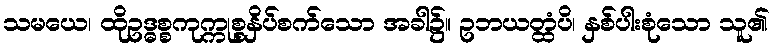
သမယေ၊ ထိုဥဒ္ဓစ္စကုက္ကုစ္စနှိပ်စက်သော အခါ၌။ ဥဘယတ္ထံပိ၊ နှစ်ပါးစုံသော သူ၏